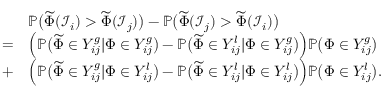
\begin{array} { r l } & { \mathbb { P } \big ( \widetilde { \Phi } ( \mathcal { I } _ { i } ) > \widetilde { \Phi } ( \mathcal { I } _ { j } ) \big ) - \mathbb { P } \big ( \widetilde { \Phi } ( \mathcal { I } _ { j } ) > \widetilde { \Phi } ( \mathcal { I } _ { i } ) \big ) } \\ { = } & { \Big ( \mathbb { P } \big ( \widetilde { \Phi } \in Y _ { i j } ^ { g } | \Phi \in Y _ { i j } ^ { g } \big ) - \mathbb { P } \big ( \widetilde { \Phi } \in Y _ { i j } ^ { l } | \Phi \in Y _ { i j } ^ { g } \big ) \Big ) \mathbb { P } \big ( \Phi \in Y _ { i j } ^ { g } \big ) } \\ { + } & { \Big ( \mathbb { P } \big ( \widetilde { \Phi } \in Y _ { i j } ^ { g } | \Phi \in Y _ { i j } ^ { l } \big ) - \mathbb { P } \big ( \widetilde { \Phi } \in Y _ { i j } ^ { l } | \Phi \in Y _ { i j } ^ { l } \big ) \Big ) \mathbb { P } \big ( \Phi \in Y _ { i j } ^ { l } \big ) . } \end{array}